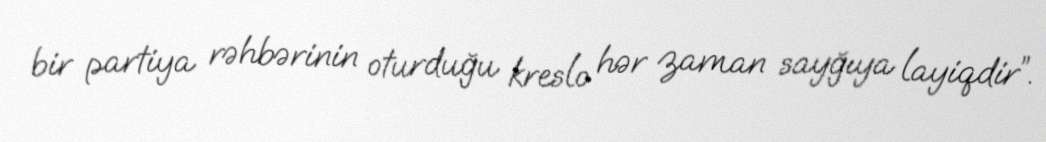
bir partiya rəhbərinin oturduğu kreslo hər zaman sayğıya layiqdir”.